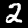
Digit: 2